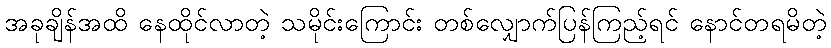
အခုချိန်အထိ နေထိုင်လာတဲ့ သမိုင်းကြောင်း တစ်လျှောက်ပြန်ကြည့်ရင် နောင်တရမိတဲ့